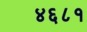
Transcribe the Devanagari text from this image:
४६८१